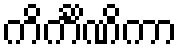
ကိင်္ကိဏိကာ